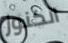
الكنوز